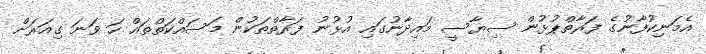
އެމަނިކުފާނުގެ ފަރާތްޕުޅުން ސިޔާސީ މައިދާނުގައި އުޅުނު ފަރާތްތަކުން މަސައްކަތްތައް ހަ ވަނަ ގިއަރަށް